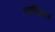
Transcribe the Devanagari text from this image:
चाक्कियार